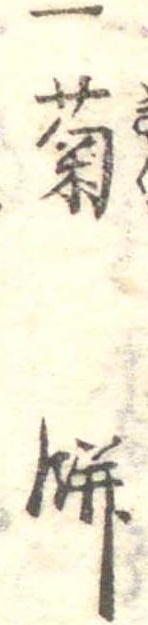
一菊餅